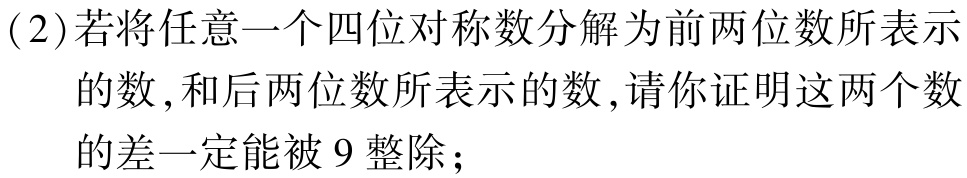
(2)若将任意一个四位对称数分解为前两位数所表示的数,和后两位数所表示的数,请你证明这两个数的差一定能被$9$整除;